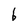
Character: b